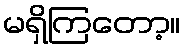
မရှိကြတော့။